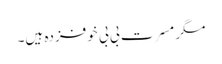
مگر مسرت بی بی خوفزدہ ہیں۔